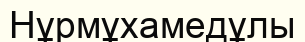
Нұрмұхамедұлы